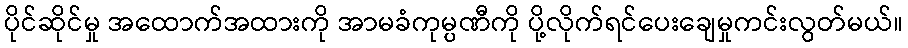
ပိုင်ဆိုင်မှု အထောက်အထားကို အာမခံကုမ္ပဏီကို ပို့လိုက်ရင်ပေးချေမှုကင်းလွတ်မယ်။